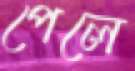
পেলে